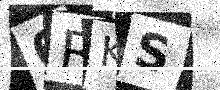
Text: 6RKS